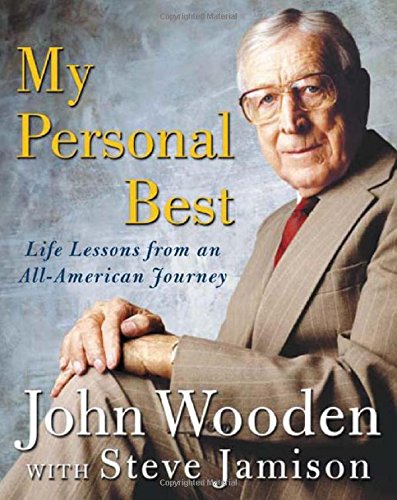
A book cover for My Personal Best : Life Lessons from an All-American Journey; John Wooden; Biographies & Memoirs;